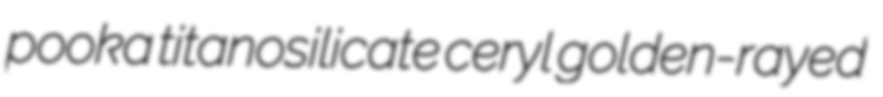
pooka titanosilicate ceryl golden-rayed